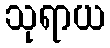
သုရာယ